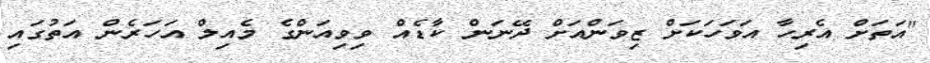
"އަތަށް އެރިހާ އަވަހަކަށް ޒިވަންއަށް ދޭނަން ކާޑެއް ވިވިއަންގެ މެއިލް އަހަރެން އަތުގައި